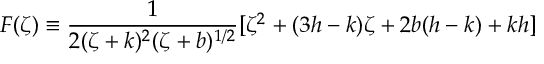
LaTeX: F ( \zeta ) \equiv \frac { 1 } { 2 ( \zeta + k ) ^ { 2 } ( \zeta + b ) ^ { 1 / 2 } } [ \zeta ^ { 2 } + ( 3 h - k ) \zeta + 2 b ( h - k ) + k h ]